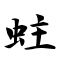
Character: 蛀